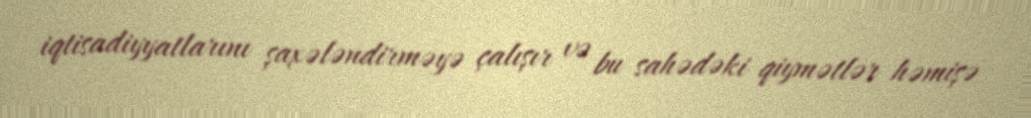
iqtisadiyyatlarını şaxələndirməyə çalışır və bu sahədəki qiymətlər həmişə